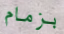
بزمام